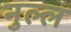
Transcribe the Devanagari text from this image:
नुल्ल